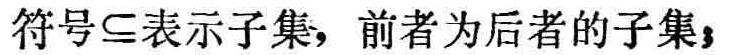
符号$\subseteq$表示子集，前者为后者的子集；